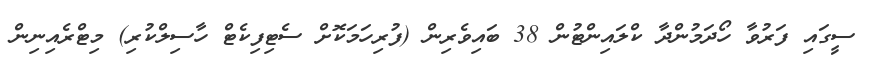
ސީގައި ފަރުވާ ހޯދަމުންދާ ކްލައިންޓުން 38 ބައިވެރިން (ފުރިހަމަކޮށް ސެޓިފިކެޓް ހާސިލްކުރި) މިޓްރެއިނިން